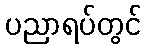
ပညာရပ်တွင်